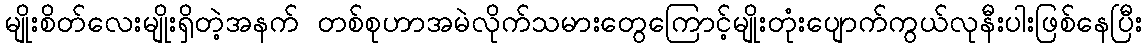
မျိုးစိတ်လေးမျိုးရှိတဲ့အနက် တစ်စုဟာအမဲလိုက်သမားတွေကြောင့်မျိုးတုံးပျောက်ကွယ်လုနီးပါးဖြစ်နေပြီး